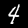
Label: 4